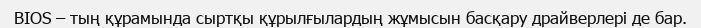
BIOS – тың құрамында сыртқы құрылғылардың жұмысын басқару драйверлері де бар.